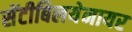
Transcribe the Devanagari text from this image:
सेंटीबिलयेनायर